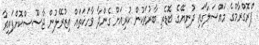
ޕްރޮގްރާމްގެ މައްސަލާގައި ދުނިޔޭގެ ބޮޑެތި ބާރުތަކުން ކުރިއަށް ގެންދާ ވާހަކަތައް އިޒުރޭލުން ޖާސޫސްކޮށްފައިވާ